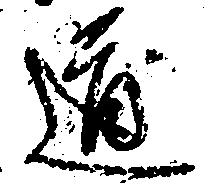
道